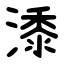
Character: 潻